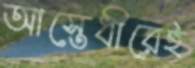
আস্তেধীরেই